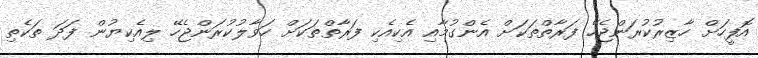
އޮފީހަށް ހާޒިރުކުރަންޖެހޭ ފަރާތްތަކަށް އެންގުމާއި އެކިއެކި ފަރާތްތަކަށް ހަވާލުކުރަންޖެހޭ ލިއެކިޔުން ފަދަ ތަކެތި